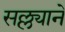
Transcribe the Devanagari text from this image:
सल्ल्यानें